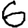
Digit: 6